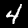
Label: 4